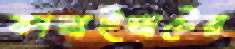
কানাইঘাটের